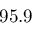
9 5 . 9